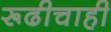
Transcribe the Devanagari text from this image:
रूढीचाही